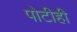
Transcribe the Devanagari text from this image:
पोटीही